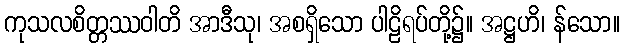
ကုသလစိတ္တဿဝါတိ အာဒီသု၊ အစရှိသော ပါဠိရပ်တို့၌။ အဋ္ဌဟိ၊ န်သော။